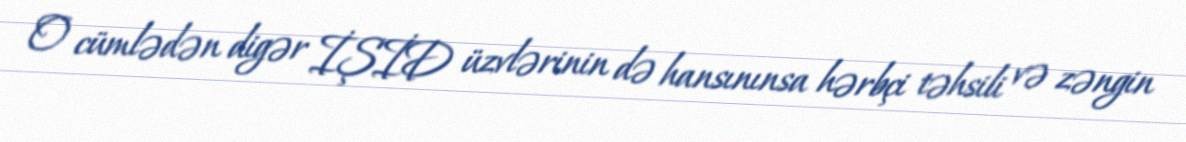
O cümlədən digər İŞİD üzvlərinin də hansınınsa hərbçi təhsili və zəngin